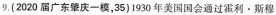
9.(2020广东肇庆一模，35)1930年美国国会通过霍利·斯穆